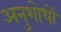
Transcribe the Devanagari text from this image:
अनुशोधों